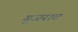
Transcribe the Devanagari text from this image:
गुजराट